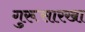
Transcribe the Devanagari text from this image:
गुरूसारखा